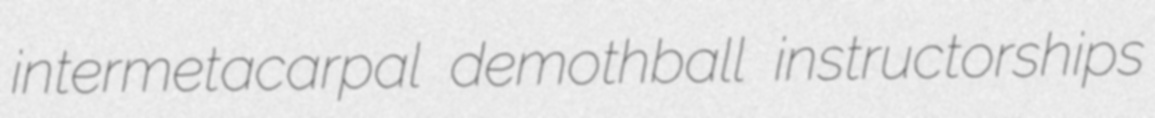
intermetacarpal demothball instructorships